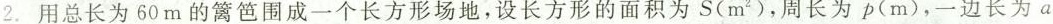
2. 用总长为 60m的篱笆围成一个长方形场地，设长方形的面积为S(m^{2})，周长为p(m)，一边长为a